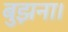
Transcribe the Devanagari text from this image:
बुझना।